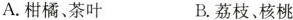
A.柑橘、茶叶 B.荔枝、核桃